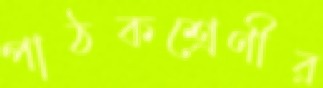
পাঠকশ্রেণীর